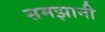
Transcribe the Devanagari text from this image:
समझानी